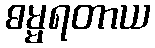
ဓမ္မရတာယ